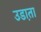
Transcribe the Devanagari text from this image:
उडा़ता